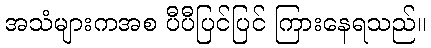
အသံများကအစ ပီပီပြင်ပြင် ကြားနေရသည်။